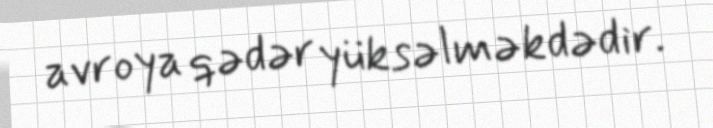
avroya qədər yüksəlməkdədir.